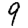
Digit: 9